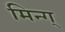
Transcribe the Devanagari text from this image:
मिन्ग्